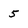
Character: 5